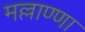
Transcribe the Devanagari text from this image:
मल्लाण्णा